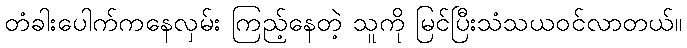
တံခါးပေါက်ကနေလှမ်း ကြည့်နေတဲ့ သူကို မြင်ပြီးသံသယဝင်လာတယ်။